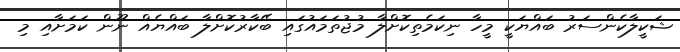
ޝަކީލާކެންސަރު ބައްޔަކީ މީހާ ނިކަމެތިކޮށްލާ މުޖުތަމައުގައި ބޭކާރުކޮށްލާ ބައްޔެއް ނޫން ކަމަށާއި މި